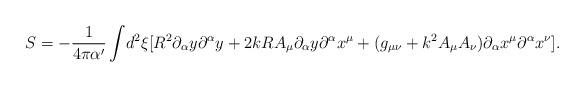
LaTeX: \begin{align*}S = -\frac{1}{4 \pi \alpha^\prime}\int\!{{d^2}\xi}[{R^2}{\partial_\alpha}{y}{\partial^\alpha}{y} + 2kR{A_\mu}{\partial_\alpha}{y}{\partial^\alpha}{x^\mu} + (g_{\mu \nu} + {k^2}{A_\mu}{A_\nu}){\partial_\alpha}{x^\mu}{\partial^\alpha}{x^\nu}] .\end{align*}